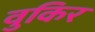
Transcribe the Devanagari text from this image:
वुकिर